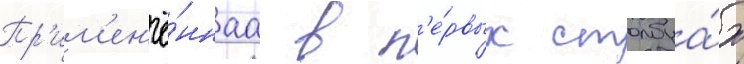
Пр'им'ен'ё́ннаа в п'е́рвых столбца́х